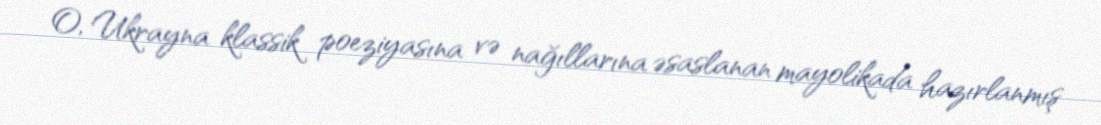
O, Ukrayna klassik poeziyasına və nağıllarına əsaslanan mayolikada hazırlanmış